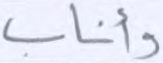
وأناب